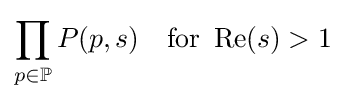
\prod _{p\in \mathbb {P} }P(p,s)\quad {\text{for }}\operatorname {Re} (s)>1